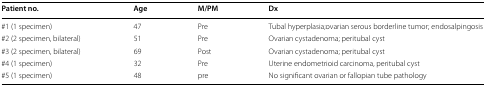
<table><thead><tr><td><b>Patient no.</b></td><td><b>Age</b></td><td><b>M/PM</b></td><td><b>Dx</b></td></tr></thead><tbody><tr><td>#1 (1 specimen)</td><td>47</td><td>Pre</td><td>Tubal hyperplasia;ovarian serous borderline tumor; endosalpingosis</td></tr><tr><td>#2 (2 specimen, bilateral)</td><td>51</td><td>Pre</td><td>Ovarian cystadenoma; peritubal cyst</td></tr><tr><td>#3 (2 specimen, bilateral)</td><td>69</td><td>Post</td><td>Ovarian cystadenoma; peritubal cyst</td></tr><tr><td>#4 (1 specimen)</td><td>32</td><td>Pre</td><td>Uterine endometrioid carcinoma, peritubal cyst</td></tr><tr><td>#5 (1 specimen)</td><td>48</td><td>pre</td><td>No significant ovarian or fallopian tube pathology</td></tr></tbody></table>